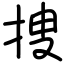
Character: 捜